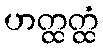
ဟတ္ထတ္ထံ